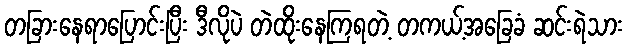
တခြားနေရာပြောင်းပြီး ဒီလိုပဲ တဲထိုးနေကြရတဲ့ တကယ့်အခြေခံ ဆင်းရဲသား